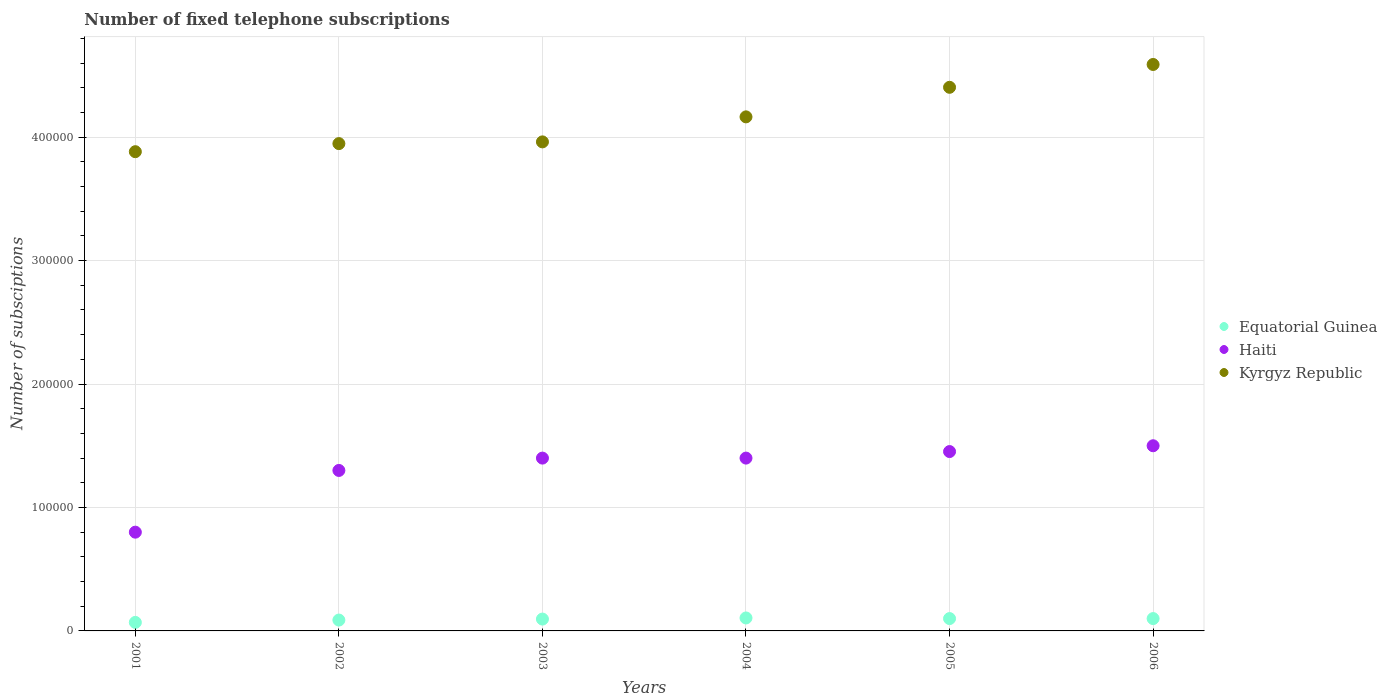
| Years | Equatorial Guinea | Haiti | Kyrgyz Republic |
 | --- | --- | --- | --- |
 | 2001 | 6.9e+03 | 8e+04 | 3.88e+05 |
 | 2002 | 8.8e+03 | 1.3e+05 | 3.95e+05 |
 | 2003 | 9.6e+03 | 1.4e+05 | 3.96e+05 |
 | 2004 | 1.05e+04 | 1.4e+05 | 4.16e+05 |
 | 2005 | 1e+04 | 1.45e+05 | 4.4e+05 |
 | 2006 | 1e+04 | 1.5e+05 | 4.59e+05 |